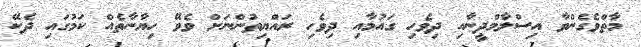
މާތްވެގެންވާ އިސްލާމްދީނާއި ދިވެހި ގައުމާއި ދިވެހި ރައްޔިތުންނަށް ވެވޭ ހިޔާނާތެއް ކަމުގައި ދެކޭ